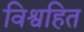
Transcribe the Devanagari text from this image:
विश्वहित